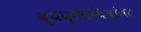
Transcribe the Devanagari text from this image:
व्यक्तिचित्रांवर